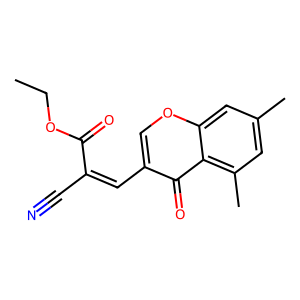
SMILES: CCOC(=O)C(C#N)=Cc1coc2cc(C)cc(C)c2c1=O
Inhibits HIV replication: No